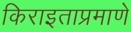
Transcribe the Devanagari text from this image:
किराइताप्रमाणे